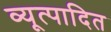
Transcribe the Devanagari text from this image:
व्यूत्पादित